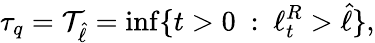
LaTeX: \tau_{q}=\mathcal{T}_{\hat{\ell}}=\operatorname*{inf}\{ t>0~:~\ell_{t}^{R}>\hat{\ell}\} ,